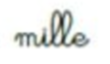
mille